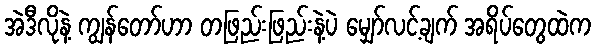
အဲဒီလိုနဲ့ ကျွန်တော်ဟာ တဖြည်းဖြည်းနဲ့ပဲ မျှော်လင့်ချက် အရိပ်တွေထဲက